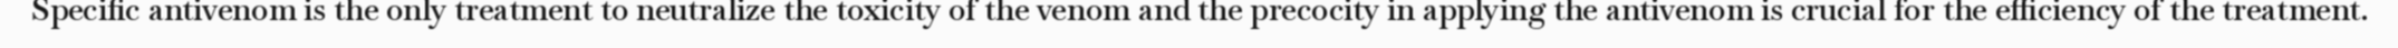
Specific antivenom is the only treatment to neutralize the toxicity of the venom and the precocity in applying the antivenom is crucial for the efficiency of the treatment.